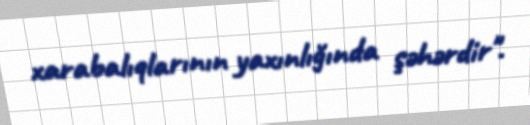
xarabalıqlarının yaxınlığında şəhərdir".